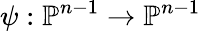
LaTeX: \psi:\mathbb{P}^{n-1}\to\mathbb{P}^{n-1}